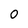
Character: 0